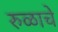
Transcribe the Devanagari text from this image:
रुळाचे